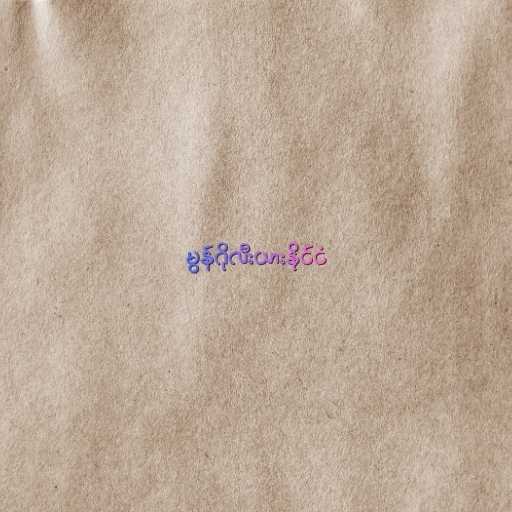
မွန်ဂိုလီးယားနိုင်ငံ